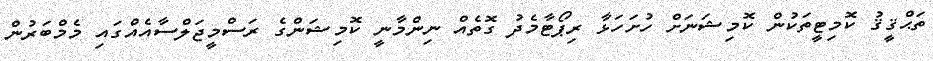
ތަޙްޤީޤު ކޮމިޓީތަކުން ކޮމިޝަނަށް ހުށަހަޅާ ރިޕޯޓާމެދު ގޮތެއް ނިންމާނީ ކޮމިޝަންގެ ރަސްމީޖަލްސާއެއްގައި މެމްބަރުން